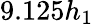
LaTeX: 9.125h_{1}